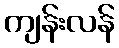
ကျန်းလန်